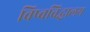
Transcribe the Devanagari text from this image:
विष्वविद्धालय